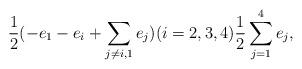
LaTeX: \begin{align*} \frac{1}{2}(-e_1 -e_i+ \sum_{j\neq i,1}e_j)(i=2,3,4) \frac{1}{2}\sum_{j=1}^4e_j,\end{align*}